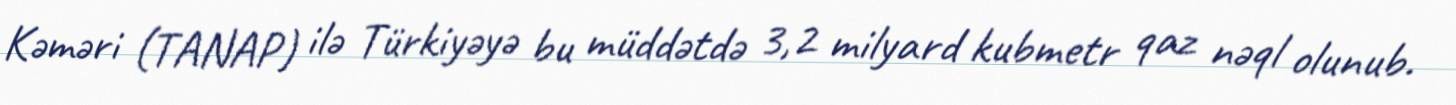
Kəməri (TANAP) ilə Türkiyəyə bu müddətdə 3,2 milyard kubmetr qaz nəql olunub.